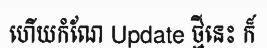
ហើយកំណែ Update ថ្មីនេះ ក៏